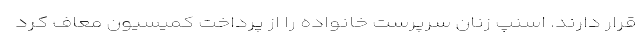
قرار دارند. اسنپ زنان سرپرست خانواده را از پرداخت کمیسیون معاف کرد